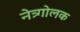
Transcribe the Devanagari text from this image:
नेत्र्गोलक